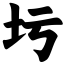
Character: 圬